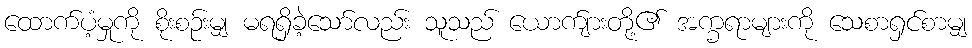
ထောက်ပံ့မှုကို စိုးစဉ်းမျှ မရရှိခဲ့သော်လည်း သူသည် ယောက်ျားတို့၏ အက္ခရာများကို သေစာရှင်စာမျှ